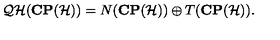
{ \cal Q H } ( { \bf C P } ( { \cal H } ) ) = N ( { \bf C P } ( { \cal H } ) ) \oplus T ( { \bf C P } ( { \cal H } ) ) .